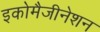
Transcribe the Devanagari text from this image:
इकोमैजीनेशन